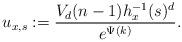
LaTeX: \begin{align*}u_{x,s} := \frac{V_d(n-1)h_x^{-1}(s)^d}{e^{\Psi(k)}}.\end{align*}